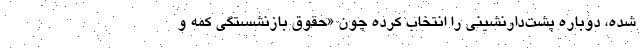
شده، دوباره پشت‌دارنشینی را انتخاب کرده چون «حقوق بازنشستگی کمه و